Scottish Leaving Certificate Examination, 1960
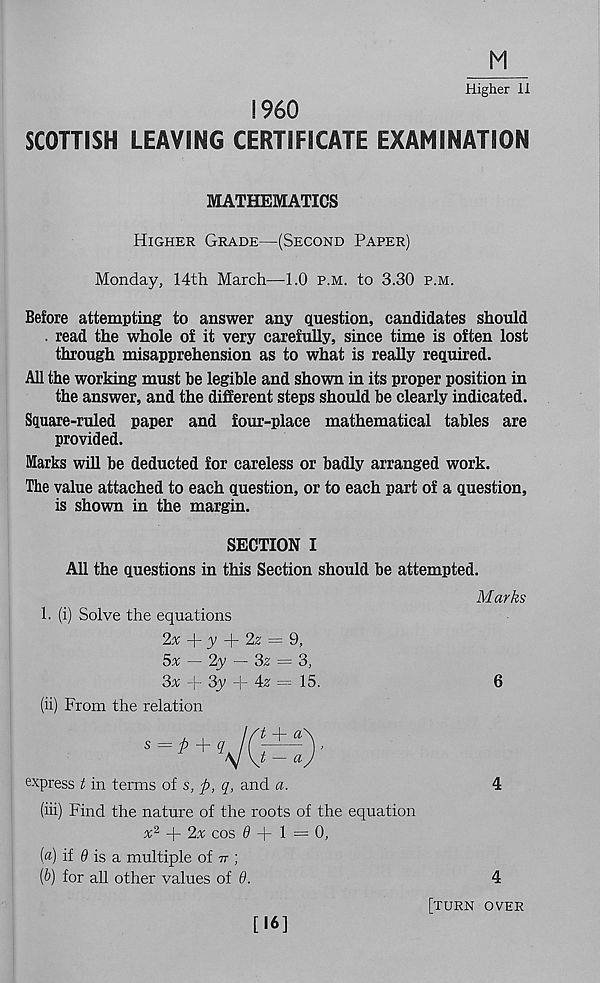
M
Higher II
i960
SCOTTISH LEAVING CERTIFICATE EXAMINATION
MATHEMATICS
Higher Grade—(Second Paper)
Monday, 14th March—1.0 p.m. to 3.30 p.m.
Before attempting to answer any question, candidates should
. read the whole of it very carefully, since time is often lost
through misapprehension as to what is really required.
All the working must be legible and shown in its proper position in
the answer, and the different steps should be clearly indicated.
Square-ruled paper and four-place mathematical tables are
provided.
Marks will be deducted for careless or badly arranged work.
The value attached to each question, or to each part of a question,
is shown in the margin.
SECTION I
All the questions in this Section should be attempted.
Marks
1. (i) Solve the equations
2a + y + 2^ = 9,
5x — 2y — 3z = 3,
3x -|~ 3y + 42 = 15.
6
(ii) From the relation
express t in terms of s, p, q, and a.
(iii) Find the nature of the roots of the equation
a 2 + 2a cos 0+1=0,
4
[a) if 9 is ci multiple of tt j
(b) for all other values of 9.
4
[turn over
[16]